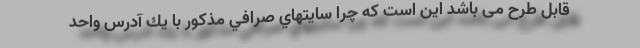
قابل طرح می باشد اين است كه چرا سايتهاي صرافي مذكور با يك آدرس واحد